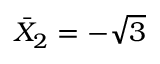
\bar { X } _ { 2 } = - \sqrt { 3 }